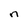
Character: n